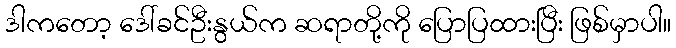
ဒါကတော့ ဒေါ်ခင်ဦးနွယ်က ဆရာတို့ကို ပြောပြထားပြီး ဖြစ်မှာပါ။